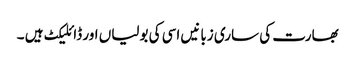
بھارت کی ساری زبانیں اسی کی بولیاں اور ڈائلیکٹ ہیں ۔